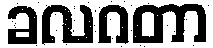
ခလဂတာ